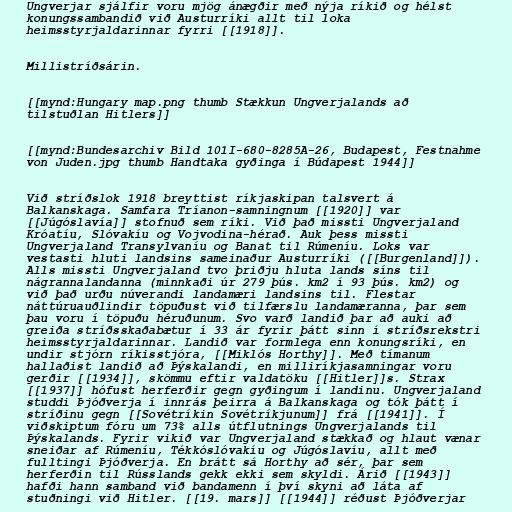
Ungverjar sjálfir voru mjög ánægðir með nýja ríkið og hélst
konungssambandið við Austurríki allt til loka
heimsstyrjaldarinnar fyrri [[1918]].

Millistríðsárin.

[[mynd:Hungary map.png thumb Stækkun Ungverjalands að
tilstuðlan Hitlers]]

[[mynd:Bundesarchiv Bild 101I-680-8285A-26, Budapest, Festnahme
von Juden.jpg thumb Handtaka gyðinga í Búdapest 1944]]

Við stríðslok 1918 breyttist ríkjaskipan talsvert á
Balkanskaga. Samfara Tríanon-samningnum [[1920]] var
[[Júgóslavía]] stofnuð sem ríki. Við það missti Ungverjaland
Króatíu, Slóvakíu og Vojvodina-hérað. Auk þess missti
Ungverjaland Transylvaníu og Banat til Rúmeníu. Loks var
vestasti hluti landsins sameinaður Austurríki ([[Burgenland]]).
Alls missti Ungverjaland tvo þriðju hluta lands síns til
nágrannalandanna (minnkaði úr 279 þús. km2 í 93 þús. km2) og
við það urðu núverandi landamæri landsins til. Flestar
náttúruauðlindir töpuðust við tilfærslu landamæranna, þar sem
þau voru í töpuðu héruðunum. Svo varð landið þar að auki að
greiða stríðsskaðabætur í 33 ár fyrir þátt sinn í stríðsrekstri
heimsstyrjaldarinnar. Landið var formlega enn konungsríki, en
undir stjórn ríkisstjóra, [[Miklós Horthy]]. Með tímanum
hallaðist landið að Þýskalandi, en milliríkjasamningar voru
gerðir [[1934]], skömmu eftir valdatöku [[Hitler]]s. Strax
[[1937]] hófust herferðir gegn gyðingum í landinu. Ungverjaland
studdi Þjóðverja í innrás þeirra á Balkanskaga og tók þátt í
stríðinu gegn [[Sovétríkin Sovétríkjunum]] frá [[1941]]. Í
viðskiptum fóru um 73% alls útflutnings Ungverjalands til
Þýskalands. Fyrir vikið var Ungverjaland stækkað og hlaut vænar
sneiðar af Rúmeníu, Tékkóslóvakíu og Júgóslavíu, allt með
fulltingi Þjóðverja. En brátt sá Horthy að sér, þar sem
herferðin til Rússlands gekk ekki sem skyldi. Árið [[1943]]
hafði hann samband við bandamenn í því skyni að láta af
stuðningi við Hitler. [[19. mars]] [[1944]] réðust Þjóðverjar